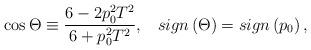
LaTeX: \begin{align*}\cos \Theta \equiv \frac{6-2p_0^2T^2}{6+p_0^2T^2},\;\;\;sign\left( \Theta\right) =sign\left( p_0\right) , \end{align*}